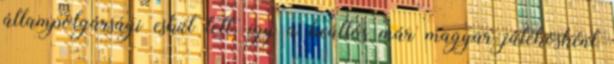
állampolgársági esküt tett, így a beállós már magyar játékosként